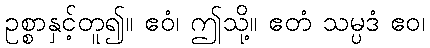
ဥစ္စာနှင့်တူ၍။ ဧဝံ၊ ဤသို့။ ဧတံ သမ္ပဒံ ဧဝ၊